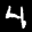
Label: 4